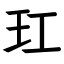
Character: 玒